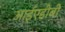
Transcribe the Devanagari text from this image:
आईएडीबी